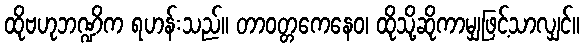
ထိုဗဟုဘဏ္ဍိက ရဟန်းသည်။ တာဝတ္တကေနေဝ၊ ထိုသို့ဆိုကာမျှဖြင့်သာလျှင်။